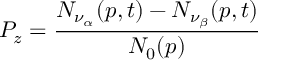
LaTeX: P _ { z } = \frac { N _ { \nu _ { \alpha } } ( p , t ) - N _ { \nu _ { \beta } } ( p , t ) } { N _ { 0 } ( p ) }